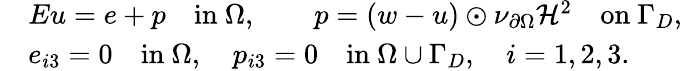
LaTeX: \begin{array}{rl}&{Eu=e+p\quad\mathrm{in~}\Omega,\qquad p=(w-u)\odot\nu_{\partial\Omega}\mathcal{H}^{2}\quad\mathrm{on~}\Gamma_{D},}\\ &{e_{i3}=0\quad\mathrm{in~}\Omega,\quad p_{i3}=0\quad\mathrm{in~}\Omega\cup\Gamma_{D},\quad i=1,2,3.}\end{array}